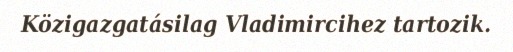
Közigazgatásilag Vladimircihez tartozik.